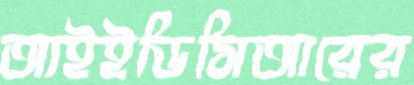
আইইডিসিআরের